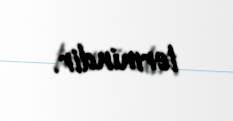
termindir.